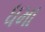
ધમા